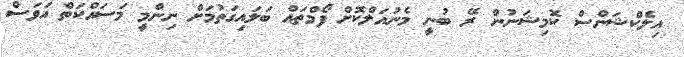
އިލެކްޝަންސް ކޮމިޝަނުން ރޭ ބުނީ މެނުއަލްކޮށް ފޯމްތައް ބަލައިގަތުމަށް ނިންމީ މަސައްކަތް އަވަސް